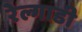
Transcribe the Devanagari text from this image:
रेल्गाडी